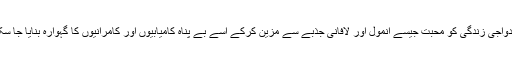
اپنی ازدواجی زندگی کو محبت جیسے انمول اور لافانی جذبے سے مزین کرکے اسے بے پناہ کامیابیوں اور کامرانیوں کا گہوارہ بنایا جا سکتا ہے۔